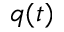
q ( t )